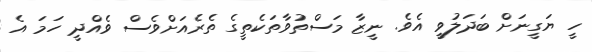
ހީ ޔަގީނަށް ބަދަލުވީ އެވެ. ނީޒާ މަސްތުވާތަކެތީގެ ތެރެއަށްވެސް ވެއްދީ ހަމަ އެ